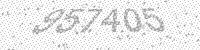
Solution: 957405